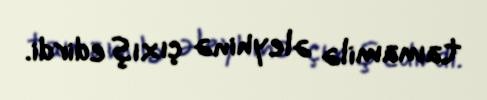
tamamilə əleyhinə çıxış edirdi.